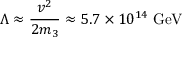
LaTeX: \Lambda \approx \frac { v ^ { 2 } } { 2 m _ { 3 } } \approx 5 . 7 \times 1 0 ^ { 1 4 } \; \mathrm { G e V }